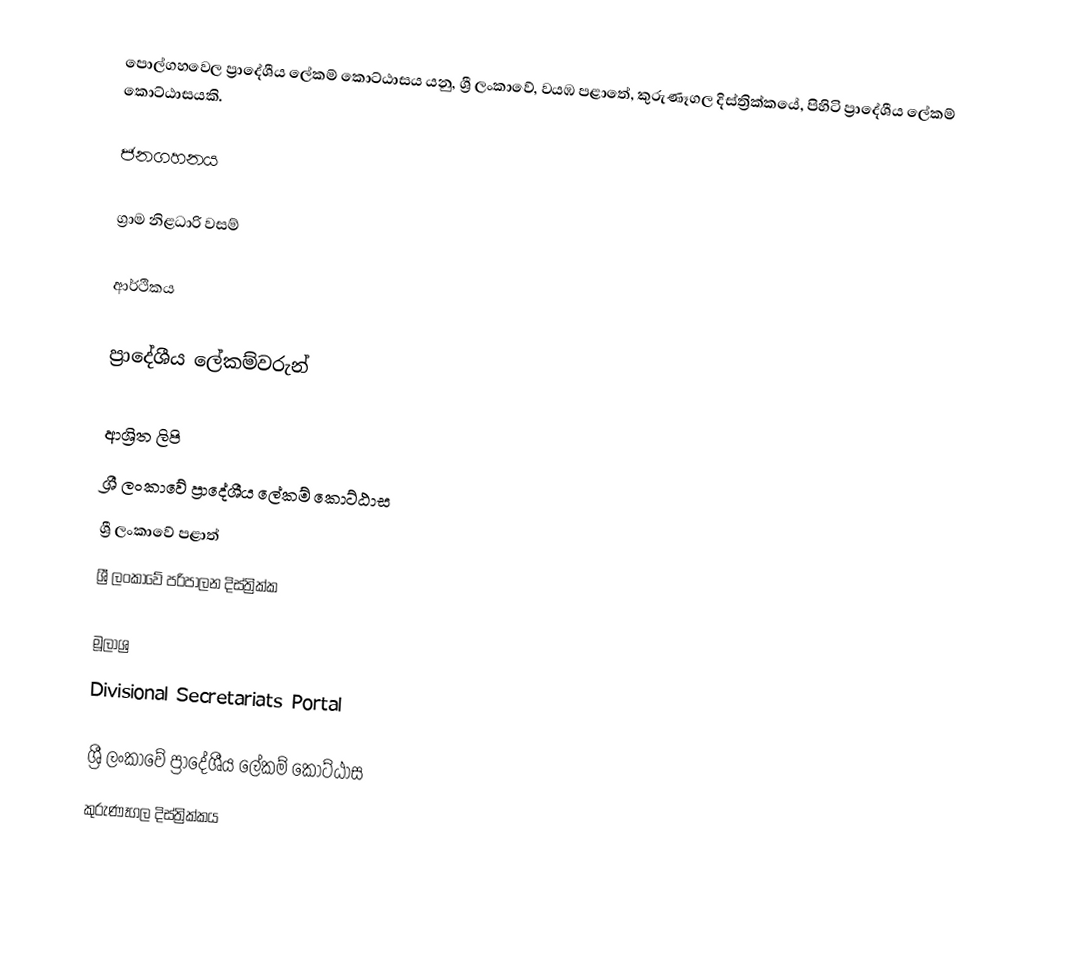
පොල්ගහවෙල ප්‍රාදේශීය ලේකම් කොට්ඨාසය යනු,  ශ්‍රී ලංකාවේ, වයඹ පළාතේ,   කුරුණෑගල දිස්ත්‍රික්කයේ, පිහිටි ප්‍රාදේශීය ලේකම් කොට්ඨාසයකි.

ජනගහනය

ග්‍රාම නිළධාරි වසම්

ආර්ථිකය

ප්‍රාදේශීය ලේකම්වරුන්

ආශ්‍රිත ලිපි
ශ්‍රී ලංකාවේ ප්‍රාදේශීය ලේකම් කොට්ඨාස
ශ්‍රී ලංකාවේ පළාත්
ශ්‍රී ලංකාවේ පරිපාලන දිස්ත්‍රික්ක

මූලාශ්‍ර
 Divisional Secretariats Portal

ශ්‍රී ලංකාවේ ප්‍රාදේශීය ලේකම් කොට්ඨාස
කුරුණෑගල දිස්ත්‍රික්කය